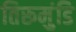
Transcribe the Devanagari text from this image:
तिरूमुंडि